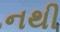
નથી